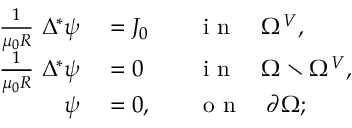
\begin{array} { r l r l } { \frac { 1 } { \mu _ { 0 } R } ~ \Delta ^ { * } \psi } & { { } = J _ { 0 } } & { } & { { } \mathrm { ~ i ~ n ~ } \quad \Omega ^ { V } , } \\ { \frac { 1 } { \mu _ { 0 } R } ~ \Delta ^ { * } \psi } & { { } = 0 } & { } & { { } \mathrm { ~ i ~ n ~ } \quad \Omega \setminus \Omega ^ { V } , } \\ { \psi } & { { } = 0 , } & { } & { { } \mathrm { ~ o ~ n ~ } \quad \partial \Omega ; } \end{array}